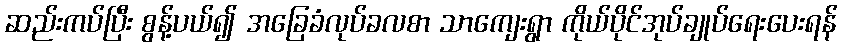
ဆည်းကပ်ပြီး စွန့်ပယ်၍ အခြေခံလုပ်ခလစာ သာကျေးရွာ ကိုယ်ပိုင်အုပ်ချုပ်ရေးပေးရန်